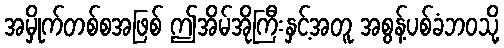
အမှိုက်တစ်စအဖြစ် ဤအိမ်အိုကြီးနှင့်အတူ အစွန့်ပစ်ခံဘဝသို့